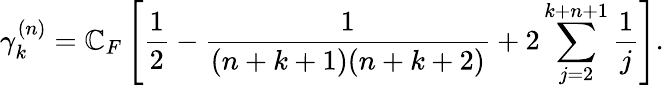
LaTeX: \gamma_{k}^{(n)}=\mathbb{C}_{F}\left[\frac{1}{{2}}-\frac{1}{{(n+k+1)(n+k+2)}}+2\sum_{j=2}^{k+n+1}\frac{1}{{j}}\right].